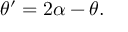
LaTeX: \theta ^ { \prime } = 2 \alpha - \theta .